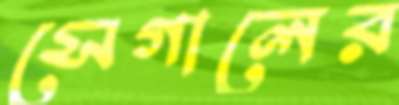
সেগালের